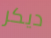
ديكر